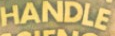
HANDLE